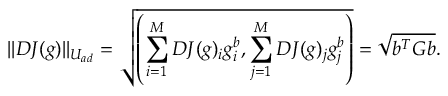
| | D J ( g ) | | _ { U _ { a d } } = \sqrt { \left( \sum _ { i = 1 } ^ { M } D J ( g ) _ { i } g _ { i } ^ { b } , \sum _ { j = 1 } ^ { M } D J ( g ) _ { j } g _ { j } ^ { b } \right) } = \sqrt { b ^ { T } G b } .